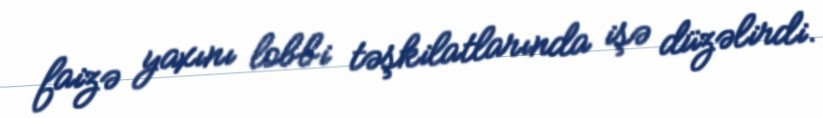
faizə yaxını lobbi təşkilatlarında işə düzəlirdi.